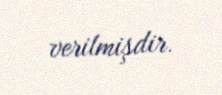
verilmişdir.